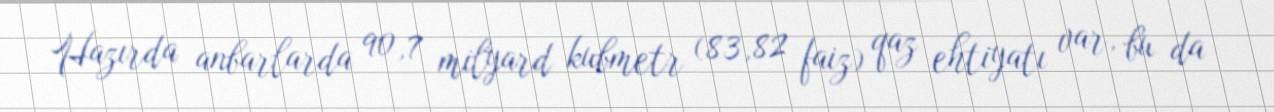
Hazırda anbarlarda 90,7 milyard kubmetr (83,82 faiz) qaz ehtiyatı var, bu da